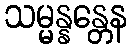
သမ္မန္နန္တေန